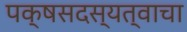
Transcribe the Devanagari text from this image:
पक्षसदस्यत्वाचा